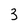
Character: 3